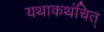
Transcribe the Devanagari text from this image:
यथाकथंचित्‌